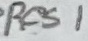
Text: Res1